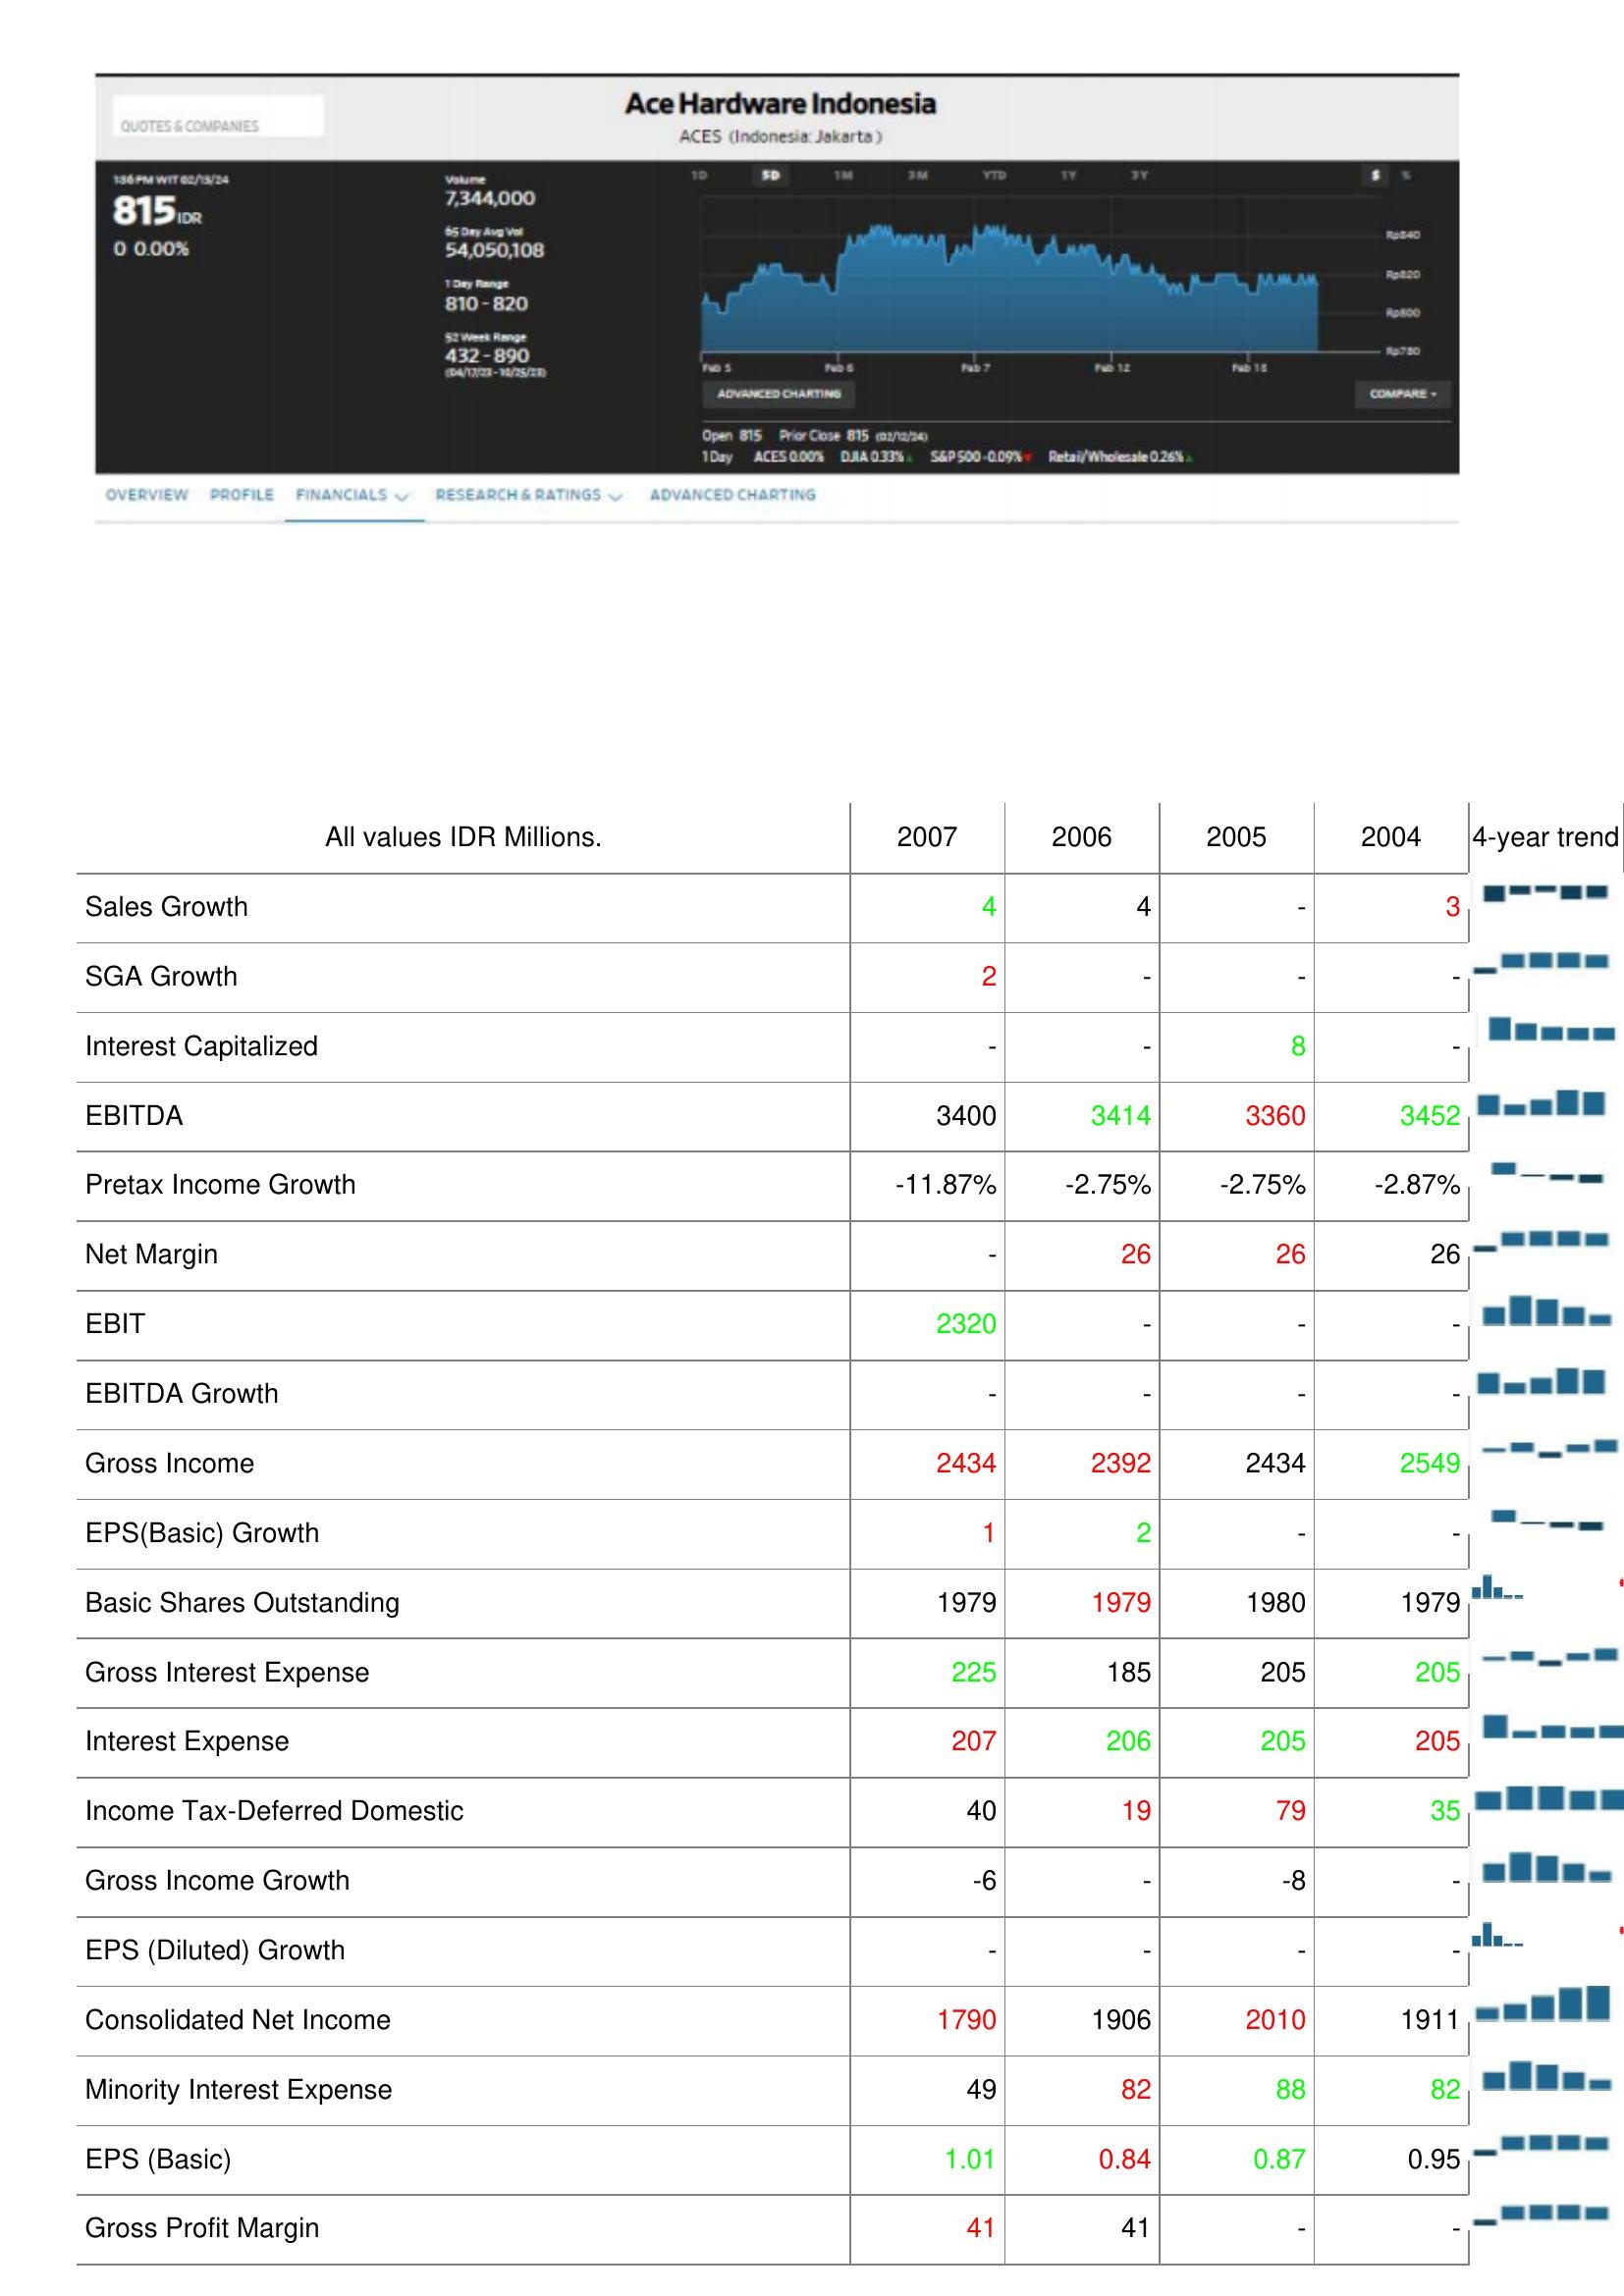
2007: : Sales Growth: 4
SGA Growth: 2
Interest Capitalized: -
EBITDA: 3400
Pretax Income Growth: -11.87%
Net Margin: -
EBIT: 2320
EBITDA Growth: -
Gross Income: 2434
EPS(Basic) Growth: 1
Basic Shares Outstanding: 1979
Gross Interest Expense: 225
Interest Expense: 207
Income Tax-Deferred Domestic: 40
Gross Income Growth: -6
EPS (Diluted) Growth: -
Consolidated Net Income: 1790
Minority Interest Expense: 49
EPS (Basic): 1.01
Gross Profit Margin: 41
2006: : Sales Growth: 4
SGA Growth: -
Interest Capitalized: -
EBITDA: 3414
Pretax Income Growth: -2.75%
Net Margin: 26
EBIT: -
EBITDA Growth: -
Gross Income: 2392
EPS(Basic) Growth: 2
Basic Shares Outstanding: 1979
Gross Interest Expense: 185
Interest Expense: 206
Income Tax-Deferred Domestic: 19
Gross Income Growth: -
EPS (Diluted) Growth: -
Consolidated Net Income: 1906
Minority Interest Expense: 82
EPS (Basic): 0.84
Gross Profit Margin: 41
2005: : Sales Growth: -
SGA Growth: -
Interest Capitalized: 8
EBITDA: 3360
Pretax Income Growth: -2.75%
Net Margin: 26
EBIT: -
EBITDA Growth: -
Gross Income: 2434
EPS(Basic) Growth: -
Basic Shares Outstanding: 1980
Gross Interest Expense: 205
Interest Expense: 205
Income Tax-Deferred Domestic: 79
Gross Income Growth: -8
EPS (Diluted) Growth: -
Consolidated Net Income: 2010
Minority Interest Expense: 88
EPS (Basic): 0.87
Gross Profit Margin: -
2004: : Sales Growth: 3
SGA Growth: -
Interest Capitalized: -
EBITDA: 3452
Pretax Income Growth: -2.87%
Net Margin: 26
EBIT: -
EBITDA Growth: -
Gross Income: 2549
EPS(Basic) Growth: -
Basic Shares Outstanding: 1979
Gross Interest Expense: 205
Interest Expense: 205
Income Tax-Deferred Domestic: 35
Gross Income Growth: -
EPS (Diluted) Growth: -
Consolidated Net Income: 1911
Minority Interest Expense: 82
EPS (Basic): 0.95
Gross Profit Margin: -